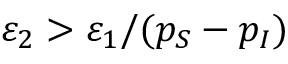
\varepsilon _ { 2 } > \varepsilon _ { 1 } / ( p _ { S } - p _ { I } )